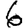
Digit: 6